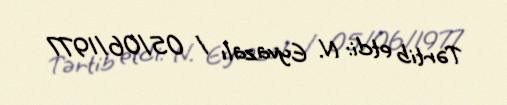
Tərtib etdi: N. Eyvazalı / 05/06/1977